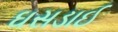
ઘસડાઈ